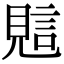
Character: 𧠻